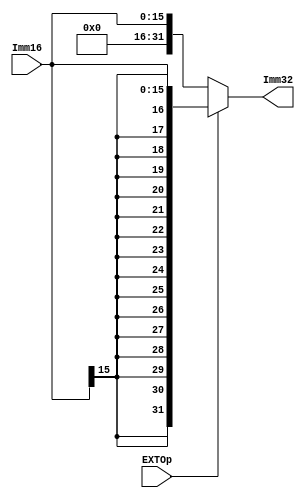
module EXT( Imm16, EXTOp, Imm32 );
    
   input  [15:0] Imm16;
   input         EXTOp;
   output [31:0] Imm32;
   
   assign Imm32 = (EXTOp) ? {{16{Imm16[15]}}, Imm16} : {16'd0, Imm16}; 
       
endmodule
//0 
//